Laidoner,_Johan, lk 132
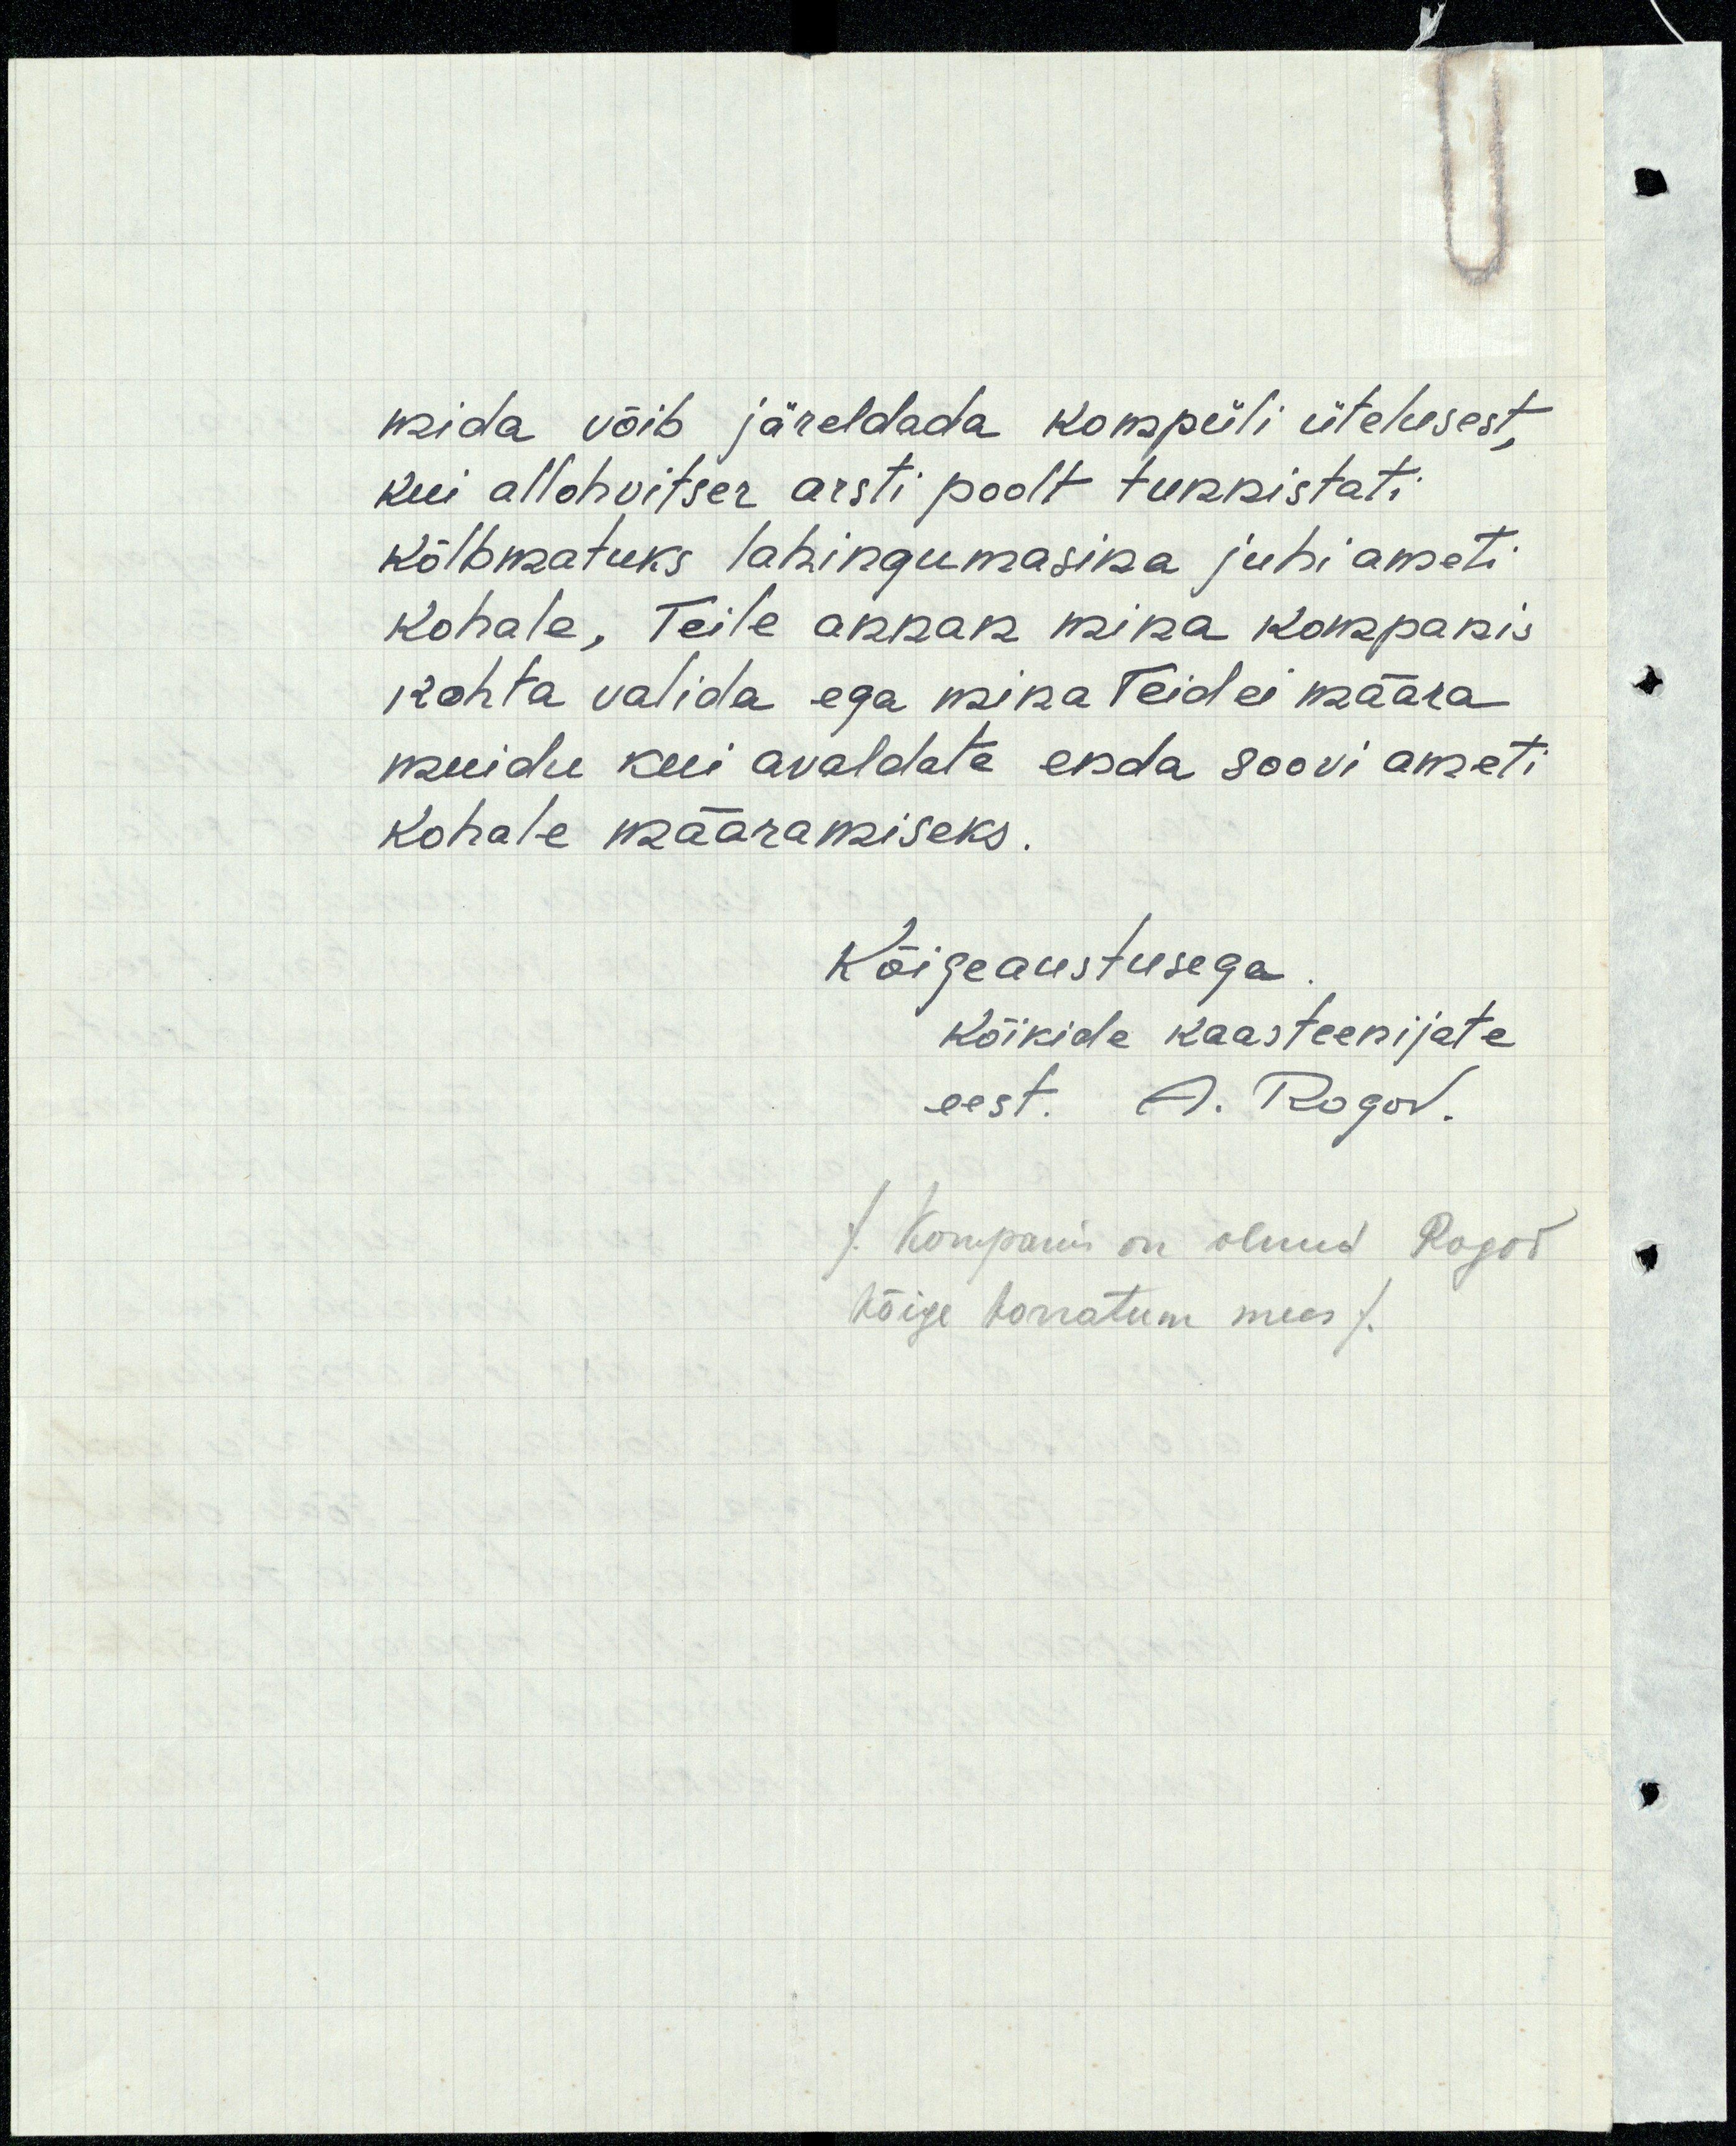
mida võib järeldada kompüli ütelusest,
kui allohvitser arsti poolt tunnistati
kõlbmatuks lahingumasina juhi ameti
kohale, Teile annan mina kompanis
kohta valida ega mina Teid ei määra
muidu kui avaldate enda soovi ameti
kohale määramiseks.
Kõigeaustusega
kõikide kaasteenijate
eest. A. Rogov.
/Kompanis on olnud Rogov
kõige korratum mees/.